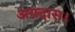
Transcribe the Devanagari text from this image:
अग्रदास।